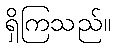
ရှိကြသည်။